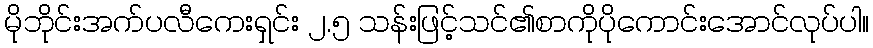
မိုဘိုင်းအက်ပလီကေးရှင်း ၂.၅ သန်းဖြင့်သင်၏စာကိုပိုကောင်းအောင်လုပ်ပါ။